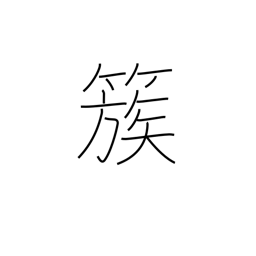
Meaning: group